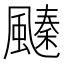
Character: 𩘢